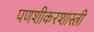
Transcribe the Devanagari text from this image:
पणशीकरशास्त्री